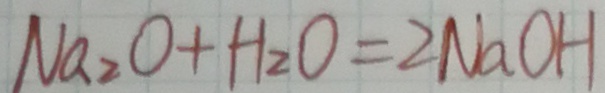
N a _ { 2 } O + H _ { 2 } O = 2 N a O H